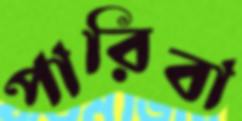
পারিবা